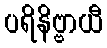
ပရိနိဗ္ဗာယီ